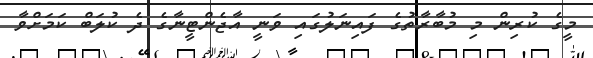
މީގެ ކުރިން މި މުބާރާތުގެ ފައިނަލުގައި ވަނީ އާޖެންޓީނާގެ ދެ ކުލަބް ކަމަށްވާ